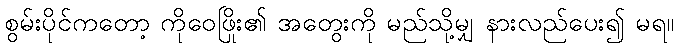
စွမ်းပိုင်ကတော့ ကိုဝေဖြိုး၏ အတွေးကို မည်သို့မျှ နားလည်ပေး၍ မရ။